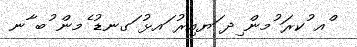
ްއ ުކރަ ުމން ިދ ަޔއިރު ައޅު ަގނޑު ެމން ުބ ާނ